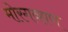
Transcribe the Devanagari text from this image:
मोरगव्हाण